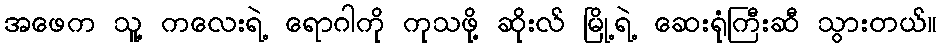
အဖေက သူ့ ကလေးရဲ့ ရောဂါကို ကုသဖို့ ဆိုးလ် မြို့ရဲ့ ဆေးရုံကြီးဆီ သွားတယ်။